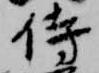
侍